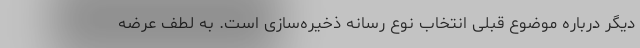
‌دیگر درباره موضوع قبلی انتخاب نوع رسانه ذخیره‌سازی است. به لطف عرضه‌